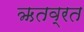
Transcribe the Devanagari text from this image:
ऋतव्रत